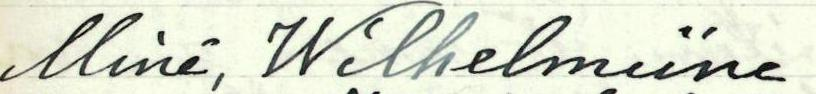
Minä, Wilhelmiina